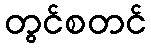
တွင်စတင်